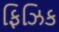
ફિઝિક